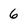
Character: 6